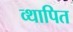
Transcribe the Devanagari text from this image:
व्थापित